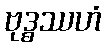
ဗုဒ္ဓဿဟံ